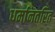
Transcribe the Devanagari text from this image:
धर्मानतरित